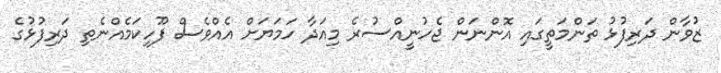
ޒުވާން ދަރިފުޅު ތަންމަތީގައި އޮންނަން ޖެހުނީއްސުރެ މިއަދާ ހަމަޔަށް އެއްވެސް ފޫހިކަމެއްނެތި ދަރިފުޅުގެ